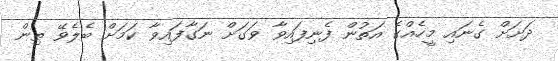
ދަށަށް ގެނައި މީހެއްގެ އަތުން ފެނިފައިވާ ވަގަށް ނަގާފައިވާ ކަމަށް ބެލެވޭ ތިން